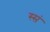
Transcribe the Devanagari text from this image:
स्सं